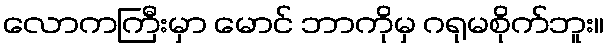
လောကကြီးမှာ မောင် ဘာကိုမှ ဂရုမစိုက်ဘူး။